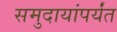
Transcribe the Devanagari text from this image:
समुदायांपर्यंत